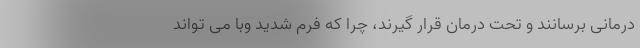
درمانی برسانند و تحت درمان قرار گیرند، چرا که فرم شدید وبا می تواند